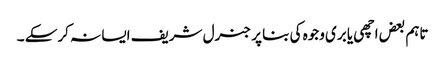
تاہم بعض اچھی یا بری وجوہ کی بنا پر جنرل شریف ایسا نہ کرسکے ۔